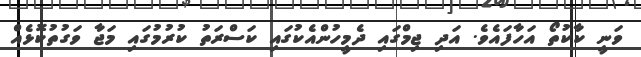
ވަނީ ކާކުތޯ އަހާފައެވެ. އަދި ޖިމްގައި ދެމީހުންއެކުގައި ކަސްރަތު ކުރުމުގައި މަޖާ ވަގުތުކޮޅެއް